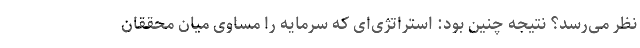
نظر می‌رسد؟ نتیجه چنین بود: استراتژی‌ای که سرمایه را مساوی میان محققان